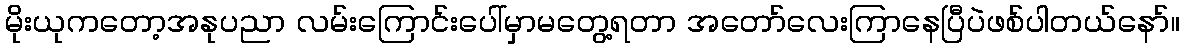
မိုးယုကတော့အနုပညာ လမ်းကြောင်းပေါ်မှာမတွေ့ရတာ အတော်လေးကြာနေပြီပဲဖစ်ပါတယ်နော်။